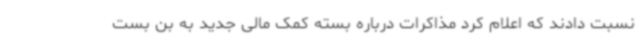
نسبت دادند که اعلام کرد مذاکرات درباره بسته کمک مالی جدید به بن بست